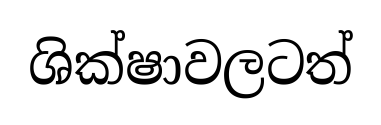
ශික්ෂාවලටත්